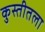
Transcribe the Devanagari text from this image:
कुस्तीतला